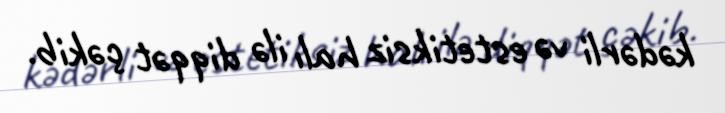
kədərli və estetiksiz halı ilə diqqət çəkib.